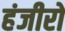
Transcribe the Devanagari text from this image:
हंजीरों